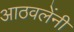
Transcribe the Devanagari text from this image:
आठवलेंनी